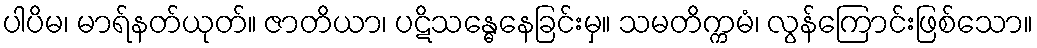
ပါပိမ၊ မာရ်နတ်ယုတ်။ ဇာတိယာ၊ ပဋိသန္ဓေနေခြင်းမှ။ သမတိက္ကမံ၊ လွန်ကြောင်းဖြစ်သော။